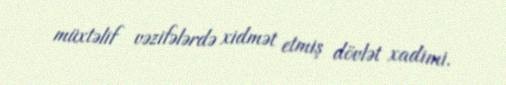
müxtəlif vəzifələrdə xidmət etmiş dövlət xadimi.